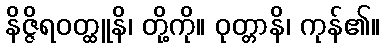
နိဇ္ဇိရဝတ္ထူနိ၊ တို့ကို။ ဝုတ္တာနိ၊ ကုန်၏။